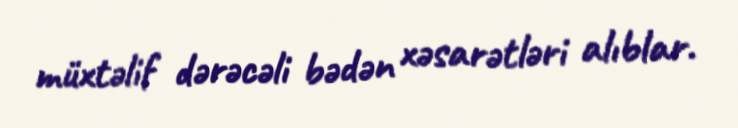
müxtəlif dərəcəli bədən xəsarətləri alıblar.